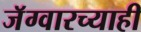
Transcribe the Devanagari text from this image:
जॅग्वारच्याही